Senior Leaving Certificate Examination (including Day School Certificate (Higher) General paper), 1950
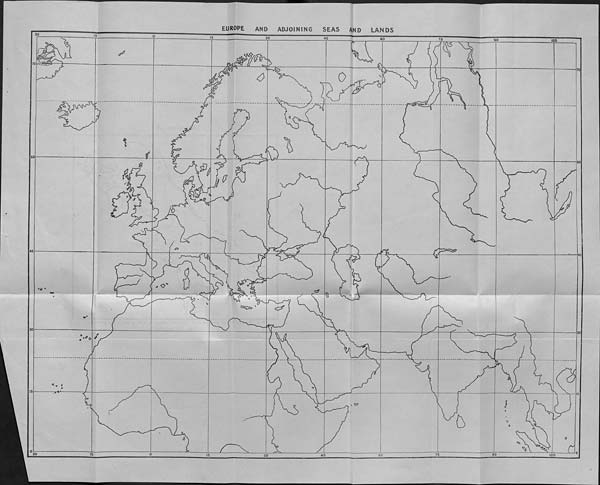
EUROPE
AND
ADJOINING
SEAS
AND
LANDS
45
30
30
£2
a
0
60
P
h
a
Y
<C£>
<5=
45
0
u
<=f
30
C?
C7
30
90
105
60